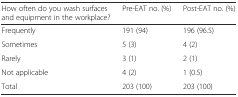
<table><thead><tr><td><b>How often do you wash surfaces and equipment in the workplace?</b></td><td><b>Pre-EAT no. (%)</b></td><td><b>Post-EAT no. (%)</b></td></tr></thead><tbody><tr><td>Frequently</td><td>191 (94)</td><td>196 (96.5)</td></tr><tr><td>Sometimes</td><td>5 (3)</td><td>4 (2)</td></tr><tr><td>Rarely</td><td>3 (1)</td><td>2 (1)</td></tr><tr><td>Not applicable</td><td>4 (2)</td><td>1 (0.5)</td></tr><tr><td>Total</td><td>203 (100)</td><td>203 (100)</td></tr></tbody></table>